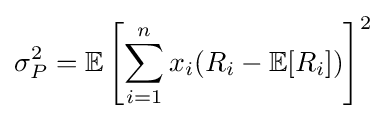
\sigma _{P}^{2}=\mathbb {E} \left[\sum _{i=1}^{n}x_{i}(R_{i}-\mathbb {E} [R_{i}])\right]^{2}